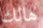
هالك